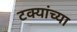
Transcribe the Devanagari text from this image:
टक्यांच्या